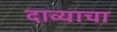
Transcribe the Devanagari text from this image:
दाव्याचा